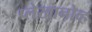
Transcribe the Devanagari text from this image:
प्लेखानोव्ह